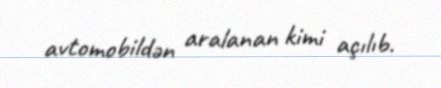
avtomobildən aralanan kimi açılıb.